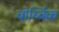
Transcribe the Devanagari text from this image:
बोर्थ्विक